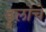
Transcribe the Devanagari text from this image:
डुलांचे